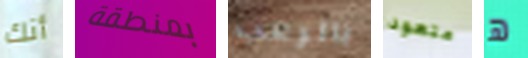
أنك بمنطقة بالرعب متعود ھ